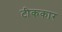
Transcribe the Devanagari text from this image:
टीककार